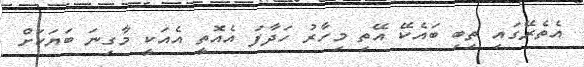
އެތެރޭގައި ތިބި ބައެކޭ އޭތި މިހާރު ހަދާފަ އެއޮތީ އެއަކީ މާގިނަ ބަޔަކަށް